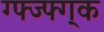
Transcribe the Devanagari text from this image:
ग्फ्ज्फ्ग्क